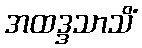
အထဒ္ဒသာသိံ